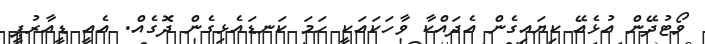
ވޯޓުދޭން އުޅެއޭ ކިޔައިގެން އެދައްކާ ވާހަކައަކީ ހަމަ ކަނޑައެޅިގެން ދޮގެއް. އެއީ ޑީއާރުޕީ